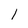
Character: 1